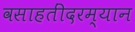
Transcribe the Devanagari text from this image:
वसाहतींदरम्यान